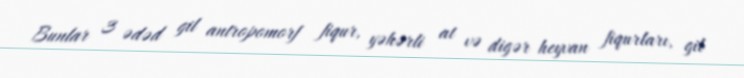
Bunlar 3 ədəd gil antropomorf fiqur, yəhərli at və digər heyvan fiqurları, gil